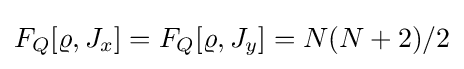
F_{Q}[\varrho ,J_{x}]=F_{Q}[\varrho ,J_{y}]=N(N+2)/2